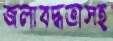
জলাবদ্ধতাসহ